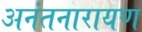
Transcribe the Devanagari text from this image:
अनंतनारायण